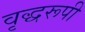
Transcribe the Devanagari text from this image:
वृद्धरूपी